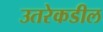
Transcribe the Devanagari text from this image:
उतरेकडील